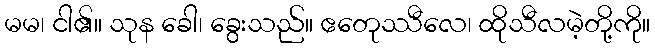
မမ၊ ငါ၏။ သုန ခေါ၊ ခွေးသည်။ ဧတေုဿီလေ၊ ထိုသီလမဲ့တို့ကို။